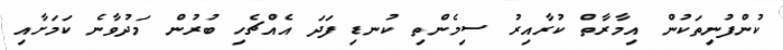
ކުންފުނިތަކުން އިމާރާތް ކުރާއިރު ސިމެންތި ކުނޑި ފަދަ އެއްޗެހި ބުރުން މަދުވާނެ ކަމަށާއި